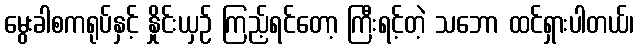
မွေးခါစကရုပ်နှင့် နှိုင်းယှဉ် ကြည့်ရင်တော့ ကြီးရင့်တဲ့ သဘော ထင်ရှားပါတယ်၊